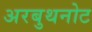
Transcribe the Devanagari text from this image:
अरबुथनोट